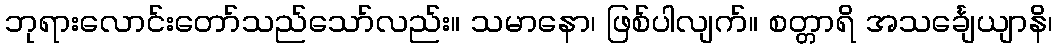
ဘုရားလောင်းတော်သည်သော်လည်း။ သမာနော၊ ဖြစ်ပါလျက်။ စတ္တာရိ အသင်္ချေယျာနိ၊